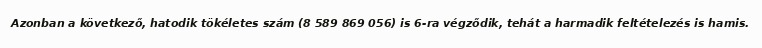
Azonban a következő, hatodik tökéletes szám (8 589 869 056) is 6-ra végződik, tehát a harmadik feltételezés is hamis.